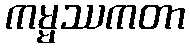
ကမ္မဿကတာ